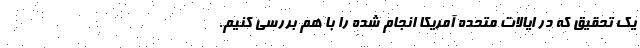
یک تحقیق که در ایالات متحده آمریکا انجام شده را با هم بررسی کنیم.